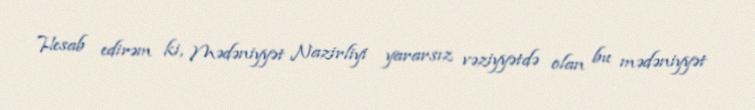
Hesab edirəm ki, Mədəniyyət Nazirliyi yararsız vəziyyətdə olan bu mədəniyyət